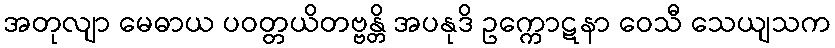
အတုလျာ မေဓာယ ပဝတ္တယိတဗ္ဗန္တိ အပနုဒိ ဥက္ကောဋနာ ဝေသီ သေယျသက